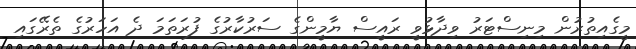
މީގެއިތުރުން މިނިސްޓަރު ވިދާޅުވީ ރައީސް ޔާމީންގެ ސަރުކާރުގެ ފުރަތަމަ ދެ އަހަރުގެ ތެރޭގައި